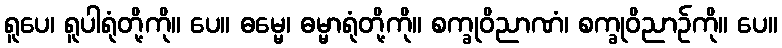
ရူပေ၊ ရူပါရုံတို့ကို။ ပေ။ ဓမ္မေ၊ ဓမ္မာရုံတို့ကို။ စက္ခုဝိညာဏံ၊ စက္ခုဝိညာဉ်ကို။ ပေ။